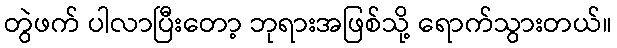
တွဲဖက် ပါလာပြီးတော့ ဘုရားအဖြစ်သို့ ရောက်သွားတယ်။